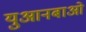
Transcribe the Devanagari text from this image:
युआनबाओ